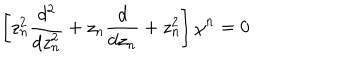
LaTeX: \left[ z _ { n } ^ { 2 } \frac { d ^ { 2 } } { d z _ { n } ^ { 2 } } + z _ { n } \frac { d } { d z _ { n } } + z _ { n } ^ { 2 } \right] \chi ^ { n } = 0